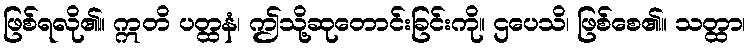
ဖြစ်ရလို၏။ ဣတိ ပတ္ထနံ၊ ဤသို့ဆုတောင်းခြင်းကို။ ဌပေသိ၊ ဖြစ်စေ၏။ သတ္ထာ၊